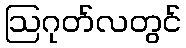
ဩဂုတ်လတွင်